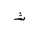
Letter: _shin